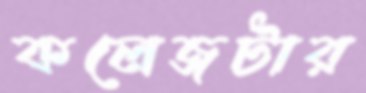
কলেজটার